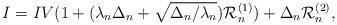
LaTeX: \begin{align*} I = IV(1+(\lambda_n\Delta_n+\sqrt{\Delta_n/\lambda_n})\mathcal R_n^{(1)}) +\Delta_n\mathcal R_n^{(2)},\end{align*}